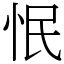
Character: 怋